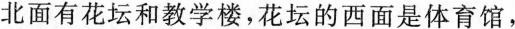
北面有花坛和教学楼，花坛的西面是体育馆，